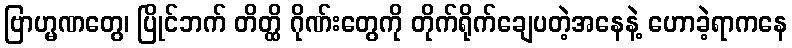
ဗြာဟ္မဏတွေ၊ ပြိုင်ဘက် တိတ္ထိ ဂိုဏ်းတွေကို တိုက်ရိုက်ချေပတဲ့အနေနဲ့ ဟောခဲ့ရာကနေ